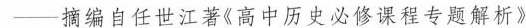
——摘编自任世江著《高中历史必修课程专题解析》